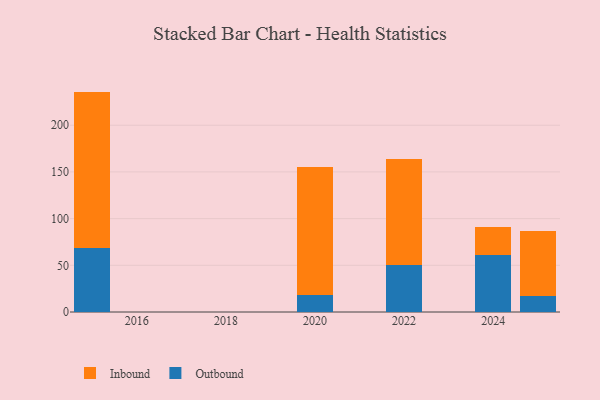
{"axis": {"x": "Year", "y": "Shipments"}, "legend": ["Inbound", "Outbound"], "data": [{"x": "2015", "y": 68.3, "type": "Outbound"}, {"x": "2015", "y": 167.7, "type": "Inbound"}, {"x": "2020", "y": 17.7, "type": "Outbound"}, {"x": "2020", "y": 137.1, "type": "Inbound"}, {"x": "2024", "y": 61.3, "type": "Outbound"}, {"x": "2024", "y": 30.2, "type": "Inbound"}, {"x": "2022", "y": 49.9, "type": "Outbound"}, {"x": "2022", "y": 114.3, "type": "Inbound"}, {"x": "2025", "y": 17.4, "type": "Outbound"}, {"x": "2025", "y": 69.1, "type": "Inbound"}]}